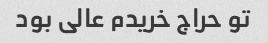
تو حراج خریدم عالی بود